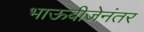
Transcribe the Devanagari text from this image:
भाऊबीजेनंतर